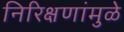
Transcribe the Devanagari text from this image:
निरिक्षणांमुळे